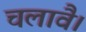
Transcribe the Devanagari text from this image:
चलावै।